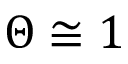
\Theta \cong 1